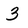
Character: 3